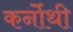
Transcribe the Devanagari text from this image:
कर्नोथी